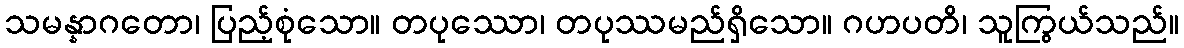
သမန္နာဂတော၊ ပြည့်စုံသော။ တပုဿော၊ တပုဿမည်ရှိသော။ ဂဟပတိ၊ သူကြွယ်သည်။